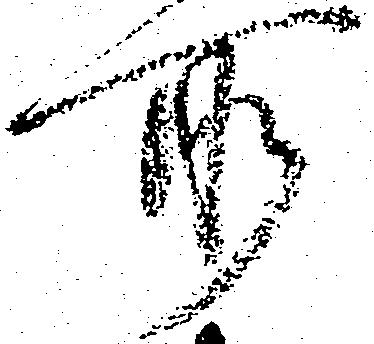
所